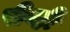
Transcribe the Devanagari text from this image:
पीव्ही